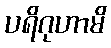
ပရိဂုဟာမိ